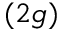
( 2 g )